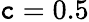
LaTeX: \mathtt{c}=0.5